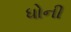
ધોની